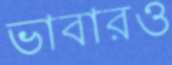
ভাবারও